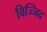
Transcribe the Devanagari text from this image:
विज्जिद